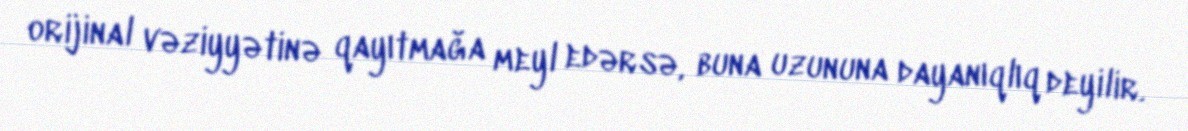
orijinal vəziyyətinə qayıtmağa meyl edərsə, buna uzununa dayanıqlıq deyilir.